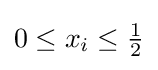
{\textstyle 0\leq x_{i}\leq {\frac {1}{2}}}